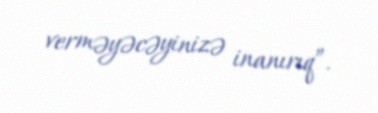
verməyəcəyinizə inanırıq”.